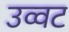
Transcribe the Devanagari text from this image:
उव्‍वट